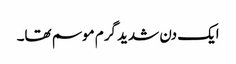
ایک دن شدید گرم موسم تھا۔